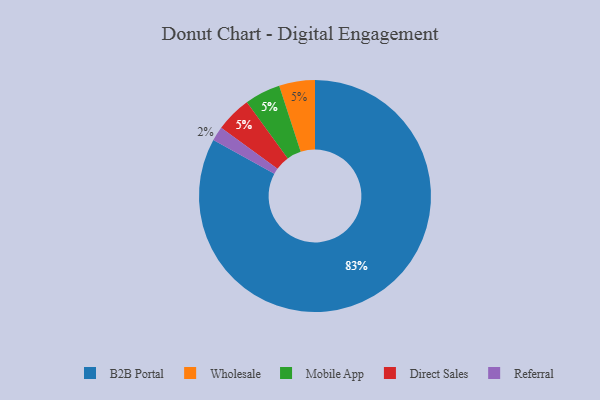
{"axis": {"x": "Category", "y": "Percentage"}, "legend": ["B2B Portal", "Direct Sales", "Mobile App", "Referral", "Wholesale"], "data": [{"x": "B2B Portal", "y": 83, "type": "B2B Portal"}, {"x": "Referral", "y": 2, "type": "Referral"}, {"x": "Wholesale", "y": 5, "type": "Wholesale"}, {"x": "Mobile App", "y": 5, "type": "Mobile App"}, {"x": "Direct Sales", "y": 5, "type": "Direct Sales"}]}